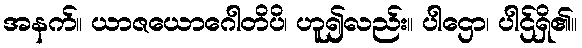
အနက်။ ယာဇယောဂေါတိပိ၊ ဟူ၍လည်း။ ပါဌော၊ ပါဌ်ရှိ၏။